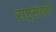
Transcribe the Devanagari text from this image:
राष्ट्रसंतही